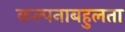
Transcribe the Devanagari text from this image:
कल्पनाबहुलता